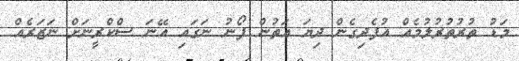
މަޑު ތުރުތުރުލުމެއް އުފެދިގެން ދިޔަ އަތުން ފޯނު ނަގައި އޭނަ ސްކްރީނަށް ނަޒަރެއް